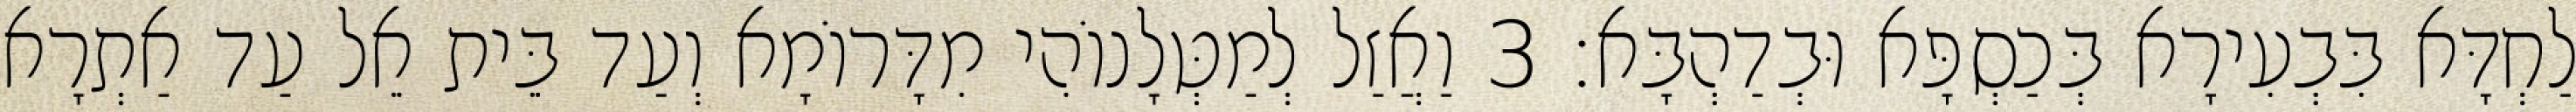
לַחְדָּא בִּבְעִירָא בְּכַסְפָּא וּבְדַהְבָּא׃ 3 וַאֲזַל לְמַטְּלָנוֹהִי מִדָּרוֹמָא וְעַד בֵּית אֵל עַד אַתְרָא